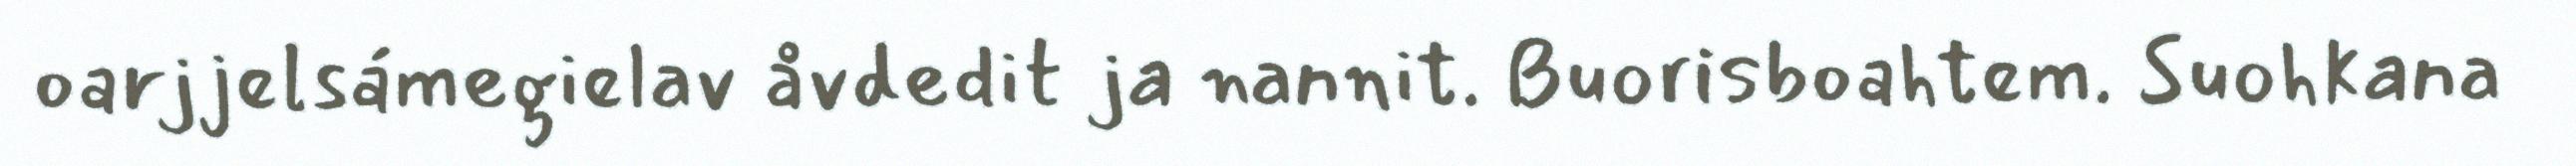
oarjjelsámegielav åvdedit ja nannit. Buorisboahtem. Suohkana